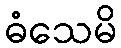
ဓံသေမိ